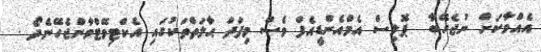
އެއްވާކަށް ނުޖެހޭބާ  ޕޮލިސް އެމްއެންޑީއެފް ވެސް މިފަދަ ޙާލަތްތަކުގައި އެކްޓިވޭޓްވާންޖެހޭނެދޯ .